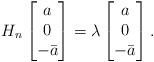
LaTeX: \begin{align*}H_n\begin{bmatrix}a\\0\\-\bar a\end{bmatrix} = \lambda\begin{bmatrix}a\\0\\-\bar a\end{bmatrix}.\end{align*}